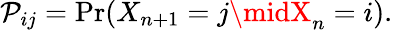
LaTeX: \mathcal{P}_{ij}=\operatorname*{Pr}(X_{n+1}=j\midX_{n}=i).